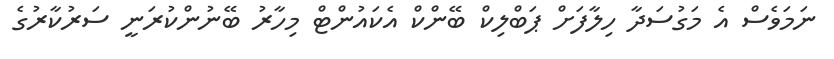
ނަމަވެސް އެ މަގުސަދާ ހިލާފަށް ޕަބްލިކް ބޭންކް އެކައުންޓް މިހާރު ބޭނުންކުރަނީ ސަރުކާރުގެ